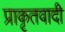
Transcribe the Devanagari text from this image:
प्राकृतवादी